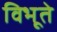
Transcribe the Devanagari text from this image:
विभूते